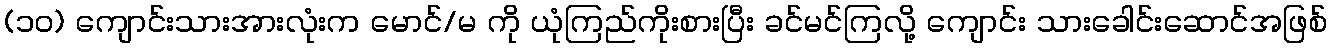
(၁၀) ကျောင်းသားအားလုံးက မောင်/မ ကို ယုံကြည်ကိုးစားပြီး ခင်မင်ကြလို့ ကျောင်း သားခေါင်းဆောင်အဖြစ်